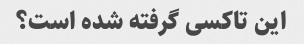
این تاکسی گرفته شده است؟